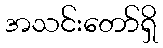
အသင်းတော်ရှိ